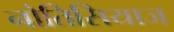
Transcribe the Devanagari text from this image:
नोतिसियाज